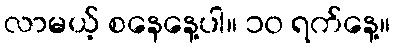
လာမယ့် စနေနေ့ပါ။ ၁၀ ရက်နေ့။